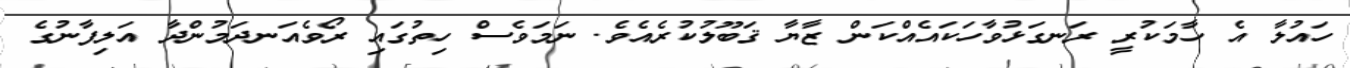
ހައުލާ އެ ހާމަކުރީ ރަނގަޅުވާހަކައެއްކަން ޒާޔާ ޤަބޫލުކުރެއެވެ. ނަމަވެސް ހިތުގައި ރޯވެއަނދަމުންދާ އަލިފާނުގެ